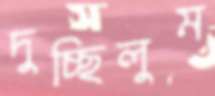
দুচ্ছিলুম